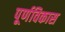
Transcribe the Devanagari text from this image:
पूर्णविकास